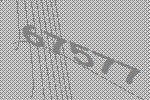
67577